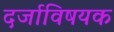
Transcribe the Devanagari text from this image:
दर्जाविषयक